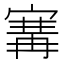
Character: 㝤